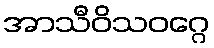
အာသီဝိသဝဂ္ဂေ